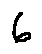
6